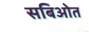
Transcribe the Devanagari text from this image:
सबिओत